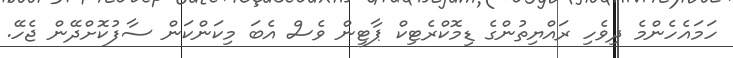
ހަމައެހެންމެ ދިވެހި ރައްޔިތުންގެ ޑިމޮކްރެޓިކް ޕާޓީން ވެސް އެބަ މިކަންކަން ސާފުކޮށްދޭން ޖެހޭ.